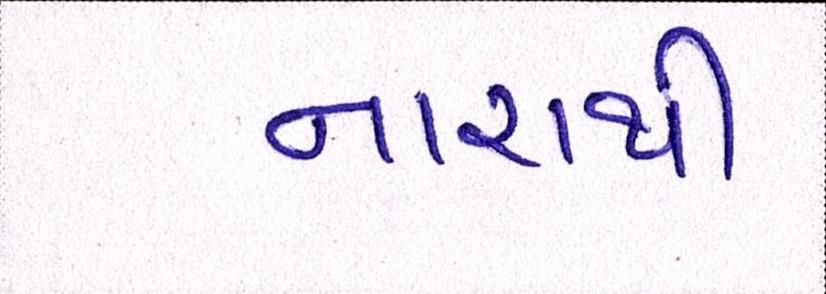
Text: નારાથી